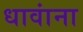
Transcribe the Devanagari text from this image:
धावांना